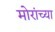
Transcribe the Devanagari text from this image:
मोरांच्या